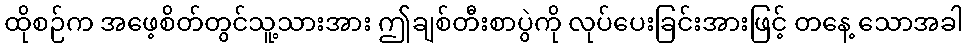
ထိုစဉ်က အဖေ့စိတ်တွင်သူ့သားအား ဤချစ်တီးစာပွဲကို လုပ်ပေးခြင်းအားဖြင့် တနေ့ သောအခါ